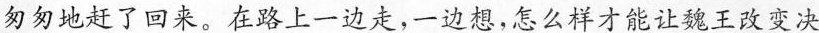
匆匆地赶了回来。在路上一边走，一边想，怎么样才能让魏王改变决